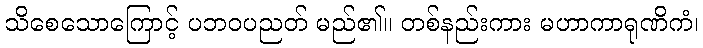
သိစေသောကြောင့် ပဘဝပညတ် မည်၏။ တစ်နည်းကား မဟာကာရုဏိကံ၊